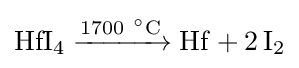
{\mathrm {HfI} {\vphantom {A}}_{\smash[{t}]{4}}{}\mathrel {\xrightarrow {1700~{\vphantom {A}}^{\circ }{\text{C}}} } {}\mathrm {Hf} {}+{}2\,\mathrm {I} {\vphantom {A}}_{\smash[{t}]{2}}}